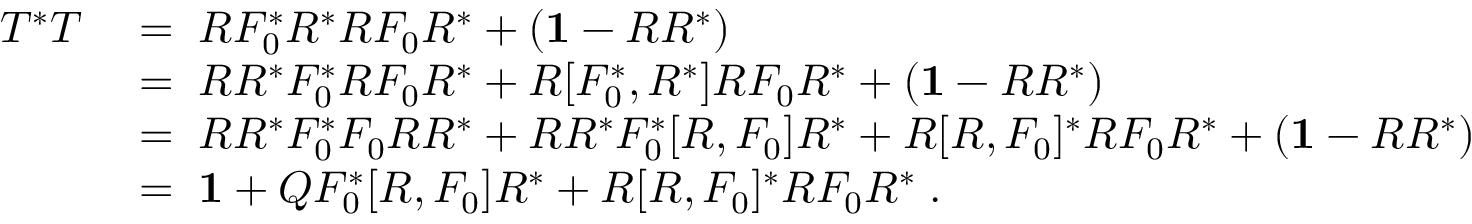
\begin{array} { r l } { T ^ { * } T } & { \; = \; R F _ { 0 } ^ { * } R ^ { * } R F _ { 0 } R ^ { * } + ( { \bf 1 } - R R ^ { * } ) } \\ & { \; = \; R R ^ { * } F _ { 0 } ^ { * } R F _ { 0 } R ^ { * } + R [ F _ { 0 } ^ { * } , R ^ { * } ] R F _ { 0 } R ^ { * } + ( { \bf 1 } - R R ^ { * } ) } \\ & { \; = \; R R ^ { * } F _ { 0 } ^ { * } F _ { 0 } R R ^ { * } + R R ^ { * } F _ { 0 } ^ { * } [ R , F _ { 0 } ] R ^ { * } + R [ R , F _ { 0 } ] ^ { * } R F _ { 0 } R ^ { * } + ( { \bf 1 } - R R ^ { * } ) } \\ & { \; = \; { \bf 1 } + Q F _ { 0 } ^ { * } [ R , F _ { 0 } ] R ^ { * } + R [ R , F _ { 0 } ] ^ { * } R F _ { 0 } R ^ { * } \; . } \end{array}